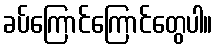
ခပ်ကြောင်ကြောင်တွေပါ။